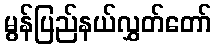
မွန်ပြည်နယ်လွှတ်တော်